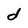
Character: d